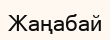
Жаңабай